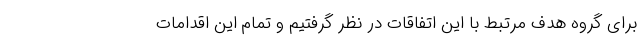
برای گروه هدف مرتبط با این اتفاقات در نظر گرفتیم و تمام این اقدامات